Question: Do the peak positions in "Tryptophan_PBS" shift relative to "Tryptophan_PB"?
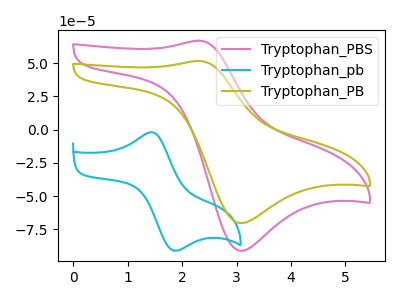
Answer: <think>The pink curve "Tryptophan_PBS" has an anodic peak at (2.35V, 66.95uA) and a cathodic peak at (3.05V, -91.20uA). The cyan curve "Tryptophan_pb" has an anodic peak at (1.45V, -1.95uA) and a cathodic peak at (1.85V, -90.85uA). The olive curve "Tryptophan_PB" has an anodic peak at (2.35V, 51.65uA) and a cathodic peak at (3.05V, -70.40uA).
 All the peaks in "Tryptophan_PBS" have a peak in "Tryptophan_PB" at the same potential. Every peak in "Tryptophan_PBS" is higher than every peak in "Tryptophan_PB".</think>
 <answer>No, "Tryptophan_PBS" and "Tryptophan_PB" don't appear to be significantly different in shape</answer>
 <eval>no_change</eval>